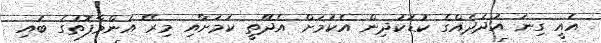
އެއީ ގިނަ އަދަދެއްގެ ކުޑަކުދިން އެކަމަށް އެދޭތީ ކަމަށާއި މިރޭ އަންމާފޮތުގެ ބައި